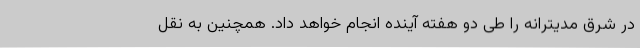
در شرق مدیترانه را طی دو هفته آینده انجام خواهد داد. همچنین به نقل